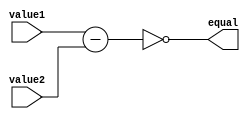
module equality_comparator (
    input [7:0] value1,
    input [7:0] value2,
    output equal
);

reg [7:0] difference;

always @(*) begin
    difference = value1 - value2;
end

assign equal = (difference == 8'b00000000);

endmodule